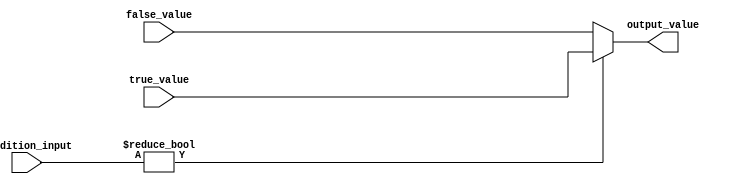
module conditional_operator_assignment (
    input wire [3:0] condition_input,  // Input signal for condition evaluation
    input wire [7:0] true_value,        // Value to assign if condition is true
    input wire [7:0] false_value,       // Value to assign if condition is false
    output reg [7:0] output_value       // Output signal based on condition evaluation
);

    always @(*) begin
        // Conditional assignment using the ternary operator
        output_value = (condition_input != 4'b0000) ? true_value : false_value;
    end

endmodule